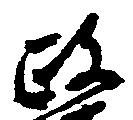
政